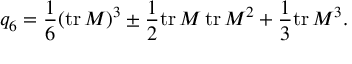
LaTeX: q _ { 6 } = \frac 1 6 ( \mathrm { t r } \, M ) ^ { 3 } \pm \frac 1 2 \mathrm { t r } \, M \, \mathrm { t r } \, M ^ { 2 } + \frac 1 3 \mathrm { t r } \, M ^ { 3 } .